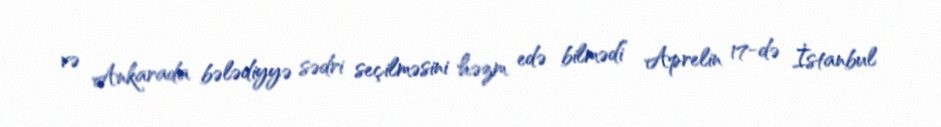
və Ankarada bələdiyyə sədri seçilməsini həzm edə bilmədi” Aprelin 17-də İstanbul